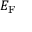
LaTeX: E _ { \mathrm { { F } } }